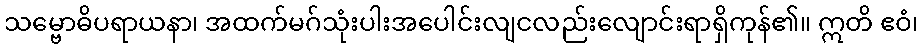
သမ္ဗောဓိပရာယနာ၊ အထက်မဂ်သုံးပါးအပေါင်းလျငလည်းလျောင်းရာရှိကုန်၏။ ဣတိ ဧဝံ၊